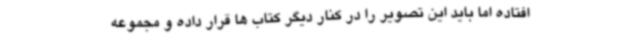
افتاده اما باید این تصویر را در کنار دیگر کتاب ها قرار داده و مجموعه